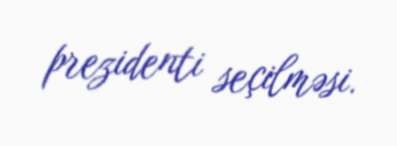
prezidenti seçilməsi.